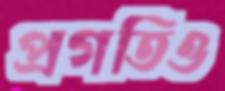
প্রগতিও